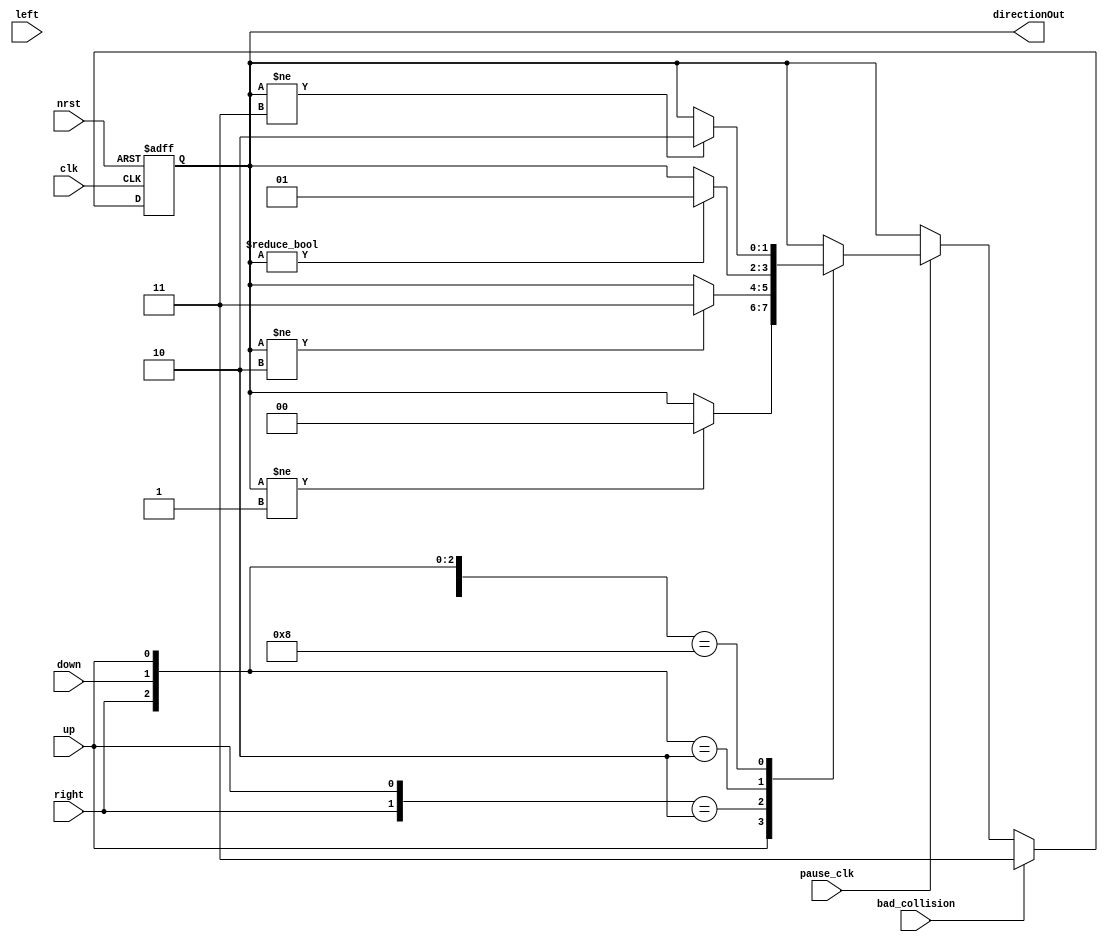
module t06_DirectionLogic (
	clk,
	nrst,
	pause_clk,
	up,
	down,
	left,
	right,
	bad_collision,
	directionOut
);
	reg _sv2v_0;
	input wire clk;
	input wire nrst;
	input wire pause_clk;
	input wire up;
	input wire down;
	input wire left;
	input wire right;
	input wire bad_collision;
	output reg [1:0] directionOut;
	reg [1:0] direction;
	always @(*) begin
		if (_sv2v_0)
			;
		casez ({left, right, down, up})
			4'bzzz1: direction = (directionOut != 2'b01 ? 2'b00 : directionOut);
			4'bz1z0: direction = (directionOut != 2'b10 ? 2'b11 : directionOut);
			4'bz010: direction = (directionOut != 2'b00 ? 2'b01 : directionOut);
			4'b1000: direction = (directionOut != 2'b11 ? 2'b10 : directionOut);
			default: direction = directionOut;
		endcase
	end
	always @(posedge clk or negedge nrst)
		if (~nrst)
			directionOut <= 2'b11;
		else if (bad_collision)
			directionOut <= 2'b11;
		else if (pause_clk)
			directionOut <= direction;
		else
			directionOut <= directionOut;
	initial _sv2v_0 = 0;
endmodule